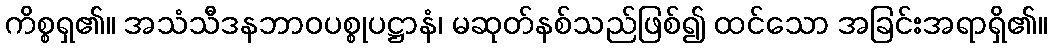
ကိစ္စရှ၏။ အသံသီဒနဘာဝပစ္စုပဋ္ဌာနံ၊ မဆုတ်နစ်သည်ဖြစ်၍ ထင်သော အခြင်းအရာရှိ၏။